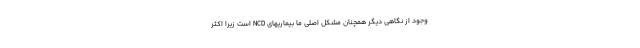
وجود از نگاهی دیگر همچنان مشکل اصلی ما بیماریهای NCD است زیرا اکثر